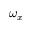
\omega _ { x }